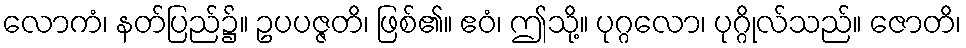
လောကံ၊ နတ်ပြည်၌။ ဥပပဇ္ဇတိ၊ ဖြစ်၏။ ဧဝံ၊ ဤသို့။ ပုဂ္ဂလော၊ ပုဂ္ဂိုလ်သည်။ ဇောတိ၊